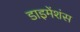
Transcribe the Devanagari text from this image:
डाइमेंशंस